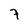
Character: 7